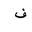
Letter: _fa